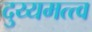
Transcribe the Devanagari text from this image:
दुय्यमत्त्व